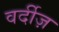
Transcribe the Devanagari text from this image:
वर्दीज़